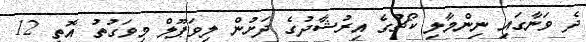
ދެ ވަނާގައި ނިންމާލި ކޯޗުގެ އިރުޝާދުގެ ދަށުން ލިވަޕޫލް މިވަގުތު އޮތީ 12